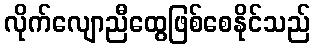
လိုက်လျောညီထွေဖြစ်စေနိုင်သည်